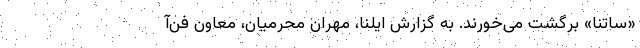
«ساتنا» برگشت می‌خورند. به گزارش ایلنا، مهران محرمیان، معاون فن‌آ